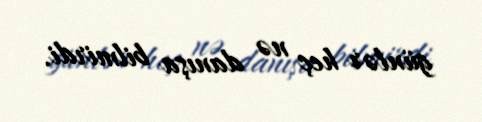
günlər heç nə danışa bilmirdi.